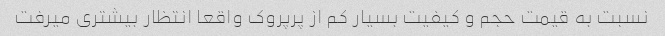
نسبت به قیمت حجم و کیفیت بسیار کم از پرپروک واقعا انتظار بیشتری میرفت